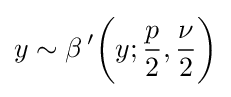
y\sim \beta \,'{\bigg (}y;{\frac {p}{2}},{\frac {\nu }{2}}{\bigg )}